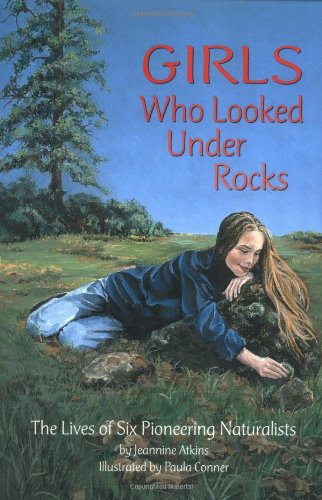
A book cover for Girls Who Looked Under Rocks: The Lives of Six Pioneering Naturalists; Jeannine Atkins; Children's Books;